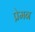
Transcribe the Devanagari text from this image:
प्रेमन